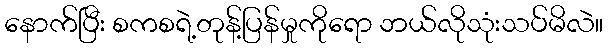
နောက်ပြီး စကစရဲ့တုန့်ပြန်မှုကိုရော ဘယ်လိုသုံးသပ်မိလဲ။